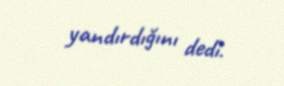
yandırdığını dedi.